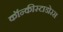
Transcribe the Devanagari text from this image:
कॉन्कीस्टाडोरस